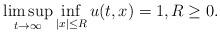
LaTeX: \begin{align*}\limsup _{t\to \infty} \inf _{\vert x\vert \leq R} u(t,x)=1, R\geq 0.\end{align*}